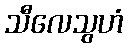
သီလေသွဟံ